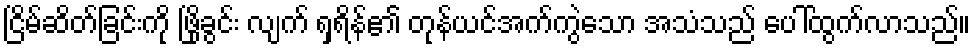
ငြိမ်ဆိတ်ခြင်းကို ဖြိုခွင်း လျက် ရှရိန်၏ တုန်ယင်အက်ကွဲသော အသံသည် ပေါ်ထွက်လာသည်။